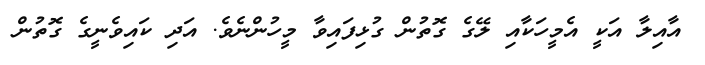
އާއިލާ އަކީ އެމީހަކާއި ލޭގެ ގޮތުން ގުޅިފައިވާ މީހުންނެވެ. އަދި ކައިވެނީގެ ގޮތުން